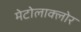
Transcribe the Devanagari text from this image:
मेटोलाक्‍लोर